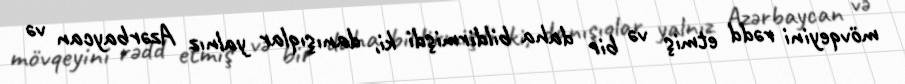
mövqeyini rədd etmiş və bir daha bildirmişdi ki, danışıqlar yalnız Azərbaycan və